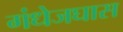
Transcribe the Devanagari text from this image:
गंधेजघास